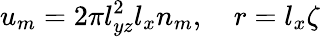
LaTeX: u_{m}=2\pi l_{yz}^{2}l_{x}n_{m},\quad r=l_{x}\zeta